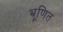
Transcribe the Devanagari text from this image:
भ्रूणित